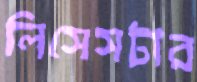
লিসেসটার